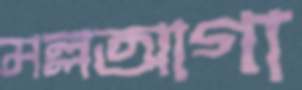
মল্লআগা